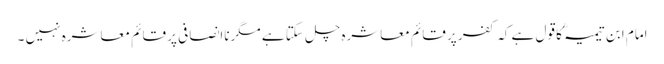
امام ابن تیمیہؒ کا قول ہے کہ کفر پر قائم معاشرہ چل سکتا ہے مگرناانصافی پر قائم معاشرہ نہیں ۔